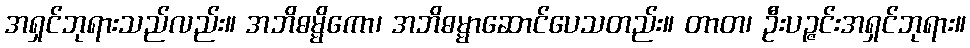
အရှင်ဘုရားသည်လည်း။ အဘိဓမ္မိကော၊ အဘိဓမ္မာဆောင်ပေသတည်း။ တာတ၊ ဦးပဉ္ဇင်းအရှင်ဘုရား။